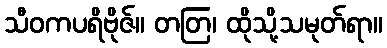
သီဝကပရိဗိုဇ်။ တတြ၊ ထိုသို့သမုတ်ရာ။